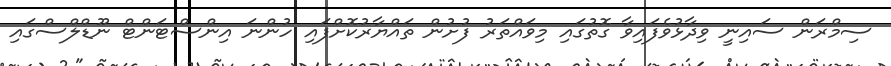
ސިމްރަން ސައިނީ ވިދާޅުވެފައިވާ ގޮތުގައި މިވައްތަރު ފުށުން ތައްޔާރުކޮށްފައި ހުންނަ އިންސްޓަންޓް ނޫޑްލްސްގައި